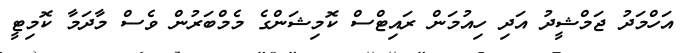
އަހްމަދު ޖަމްޝީދު އަދި ހިއުމަން ރައިޓްސް ކޮމިޝަންގެ މެމްބަރުން ވެސް މާދަމާ ކޮމިޓީ